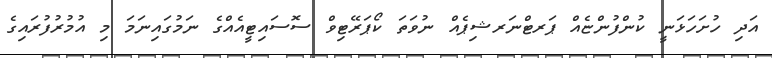
އަދި ހުށަހަޅަނީ ކުންފުންޏެއް ޕަރޓްނަރޝިޕެއް ނުވަތަ ކޯޕަރޭޓިވް ސޮސައިޓީއެއްގެ ނަމުގައިނަމަ މި އުމުރުފުރައިގެ